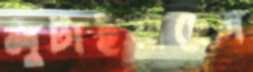
লুটাইয়াছেন